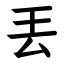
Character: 丟